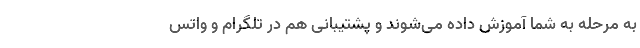
به مرحله به شما آموزش داده می‌شوند و پشتیبانی هم در تلگرام و واتس